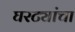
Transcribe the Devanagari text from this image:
घरट्यांचा